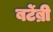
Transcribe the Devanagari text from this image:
बर्टेब्री